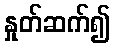
နှုတ်ဆက်၍